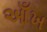
આઁખ